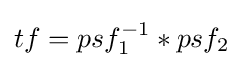
tf=psf_{1}^{-1}*psf_{2}